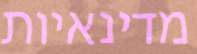
מדינאיות